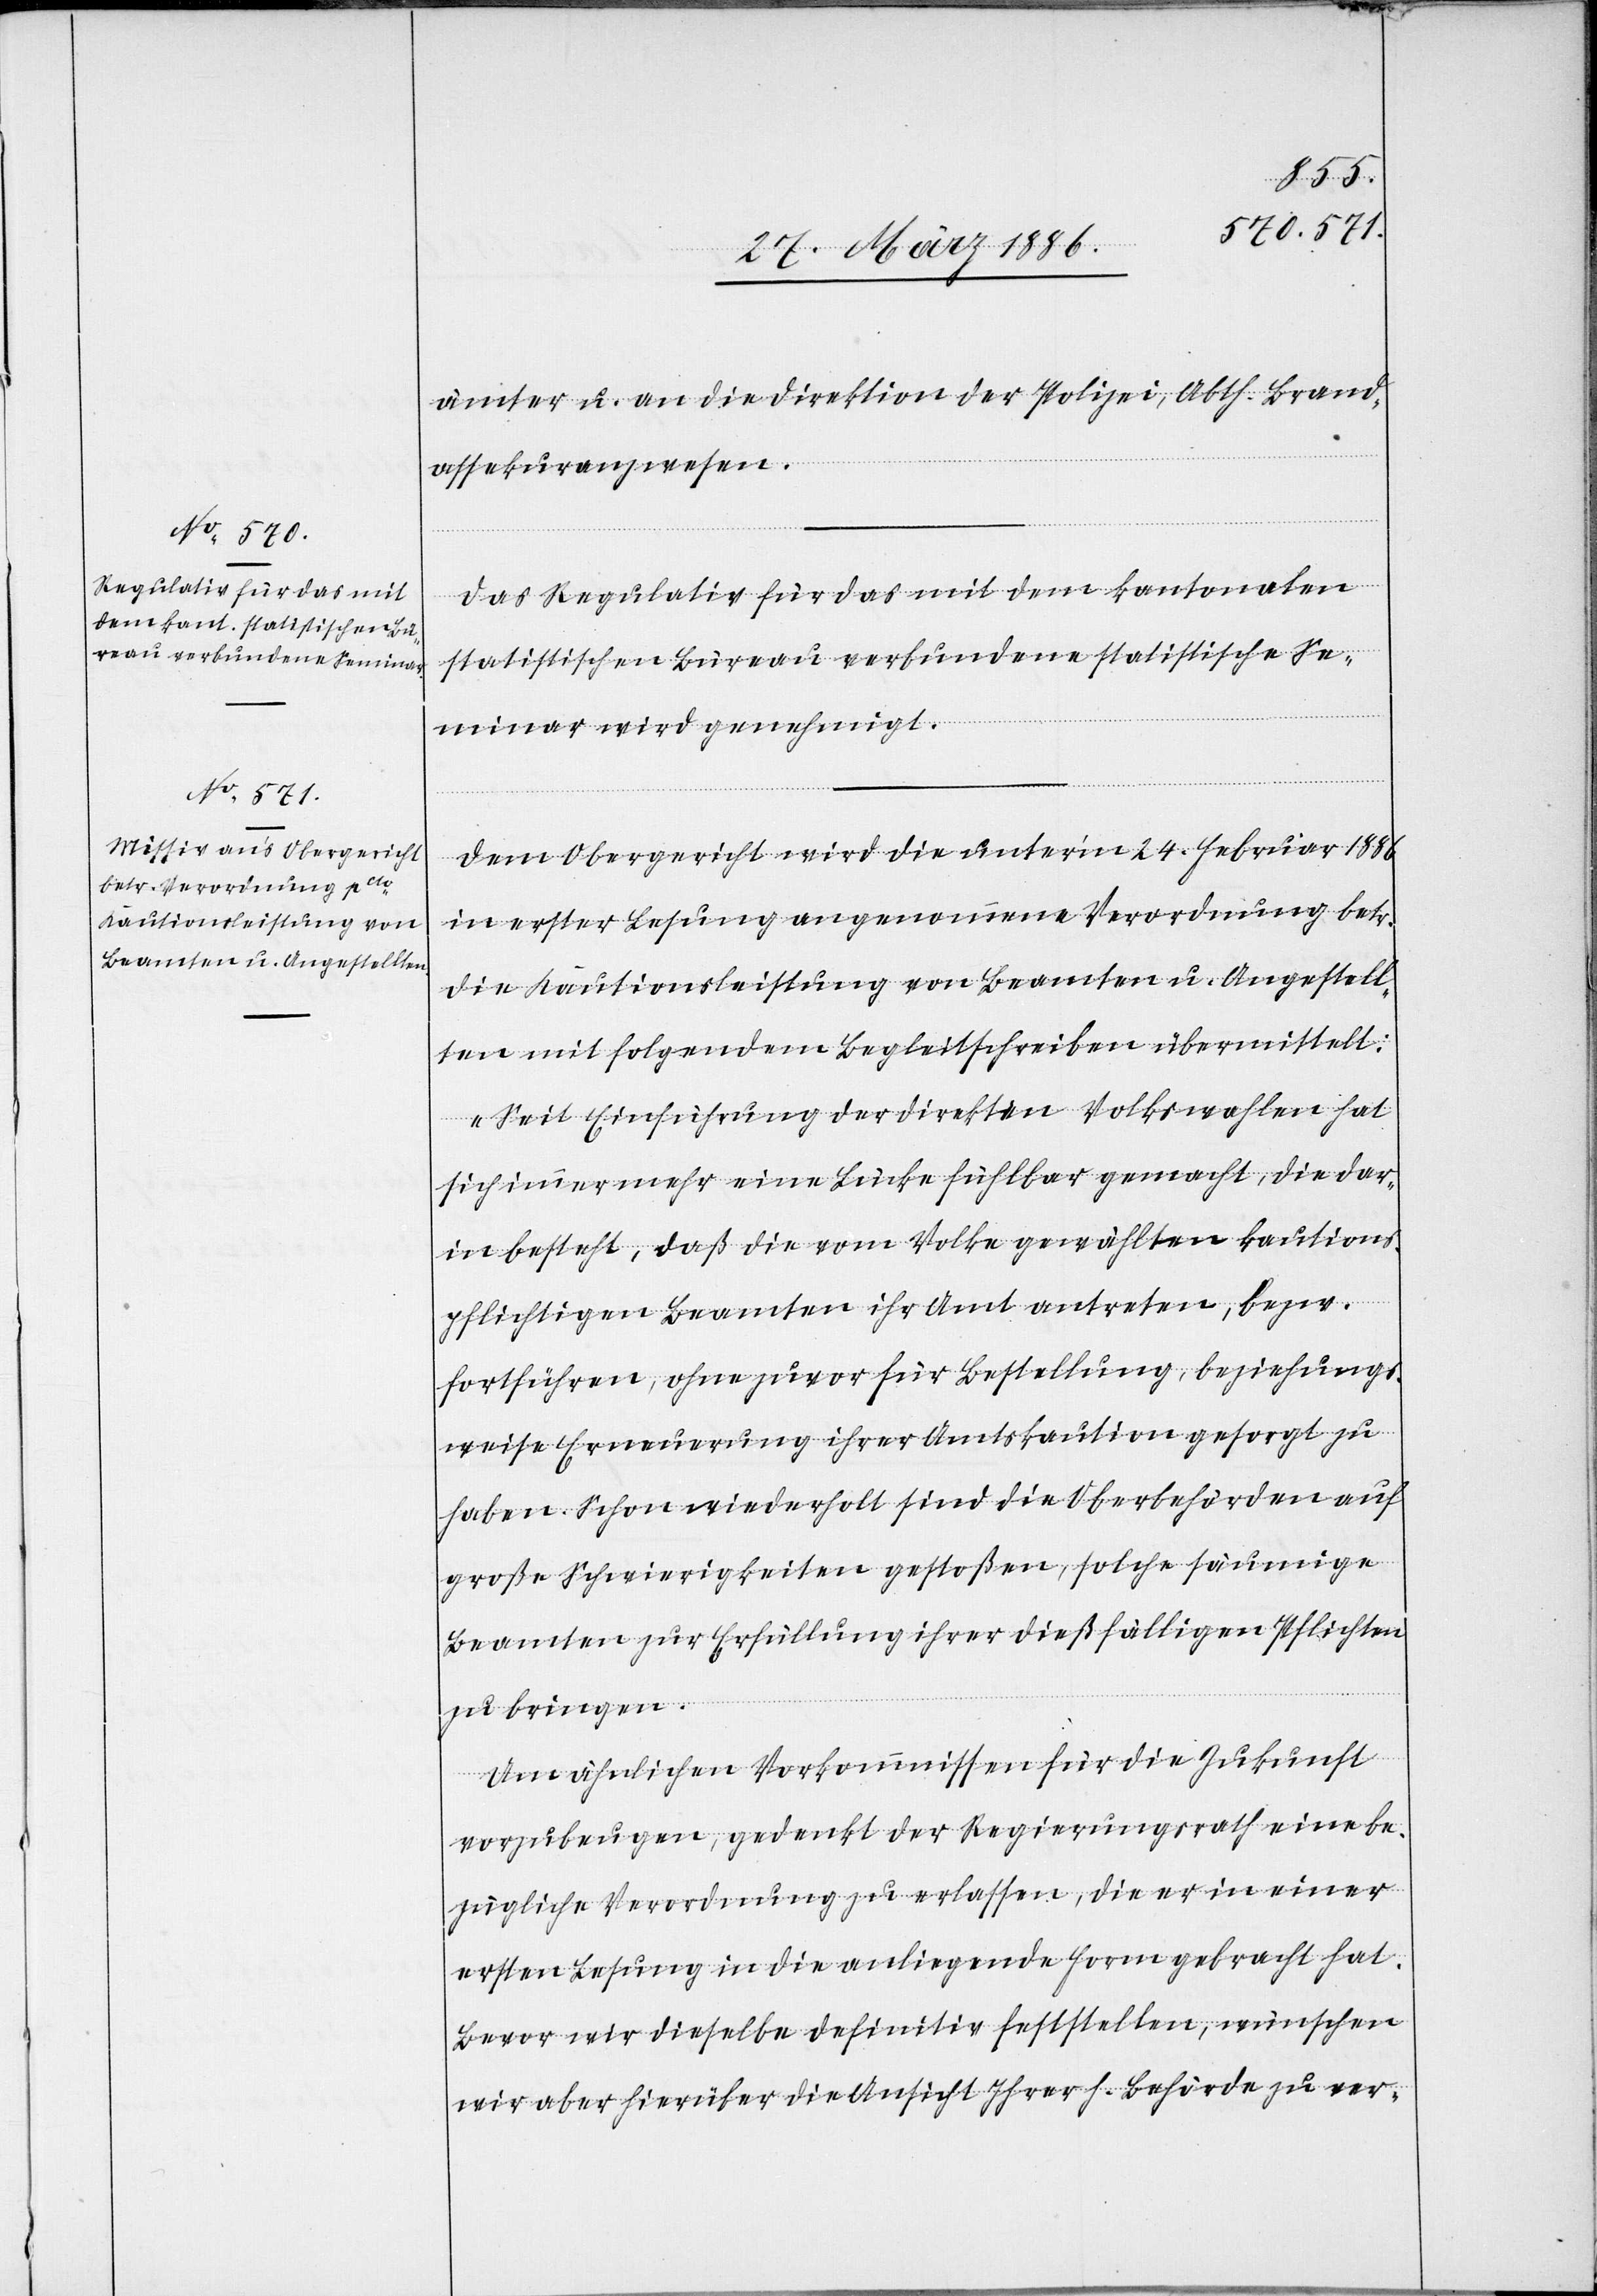
ämter u. an die Direktion der Polizei, Abth. Brand¬
assekuranzwesen.
Das Regulativ für das mit dem kantonalen
statistischen Bureau verbundene statistischen Se¬
minar wird genehmigt.
Dem Obergericht wird die unter’m 24. Februar 1886
in erster Lesung angenommene Verordnung betr.
die Kautionsleistung von Beamten u. Angestell¬
ten mit folgendem Begleitschreiben übermittelt:
„Seit Einführung der direkten Volkswahl hat
sich immer mehr eine Lücke fühlbar gemacht, die dar¬
in besteht, daß die vom Volke gewählten kautions¬
pflichtigen Beamten ihr Amt antreten, bzw.
fortführen, ohne zuvor für Bestellung, beziehungs¬
weise Erneuerung ihrer Amtskaution gesorgt zu
haben. Schon wiederholt sind die Oberbehörden auf
große Schwierigkeiten gestoßen, solche säumige
Beamten zur Erfüllung ihrer dießfälligen Pflichten
zu bringen.
Um ähnlichen Vorkommnissen für die Zukunft
vorzubringen, gedenkt der Regierungsrath eine be¬
zügliche Verordnung zu erlassen, die er in einer
ersten Lesung in die anliegende Form gebracht hat.
Bevor wir dieselbe definitiv feststellen, wünschen
wir aber hierüber die Ansicht Ihrer h. Behörde zu ver-